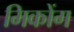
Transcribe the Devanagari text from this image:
मिकोंग